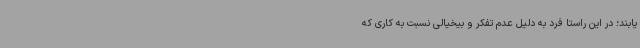
یابند؛ در این راستا فرد به دلیل عدم تفکر و بیخیالی نسبت به کاری که